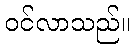
ဝင်လာသည်။